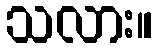
သလား။